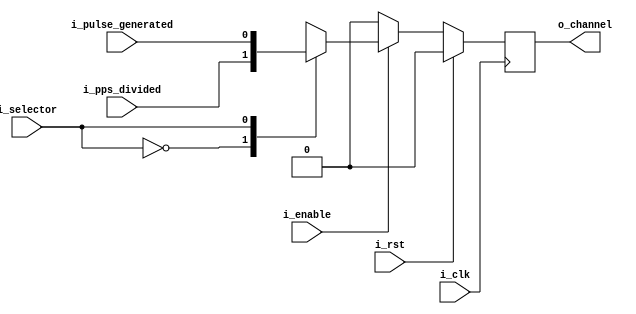
`timescale 1ns / 1ps
//////////////////////////////////////////////////////////////////////////////////
// Jicamarca Radio Observatory
// Verilog File Name: channel_mux
// Project: Clock master
//
// Create by J.Llanos at 08/28/2019
//
// Description:
//   Channel Output, this multiplexor choose between
//   the Frequency divider or the pulse generator.
//
////////////////////////////////////////////////////////////////////////////////////


module channel_mux(
                    input i_clk,
                    input i_rst,
                    input i_pps_divided,
                    input i_pulse_generated,
                    input i_enable,
                    input i_selector,
                    output reg o_channel
                    );
   always@(posedge i_clk)
   begin
   if(i_rst==1'b1)begin
      o_channel<=1'b0;  
   end
   else begin
        if(i_enable==1'b1)begin
            case (i_selector)
                    1'b0: o_channel<=i_pps_divided;
                    1'b1: o_channel<=i_pulse_generated;
            endcase
         end
         else begin
            o_channel<=1'b0;
         end 
    end
   end 
endmodule